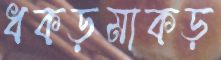
ধকড়মাকড়